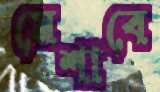
মেশাবে